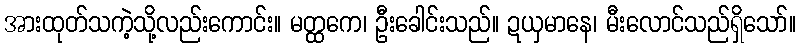
အားထုတ်သကဲ့သို့လည်းကောင်း။ မတ္ထကေ၊ ဦးခေါင်းသည်။ ဍယှမာနေ၊ မီးလောင်သည်ရှိသော်။